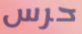
حرس